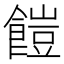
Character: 䭓